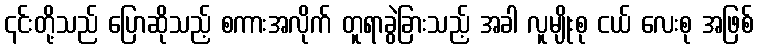
၎င်းတို့သည် ပြောဆိုသည့် စကားအလိုက် တူရာခွဲခြားသည့် အခါ လူမျိုးစု ငယ် လေးစု အဖြစ်